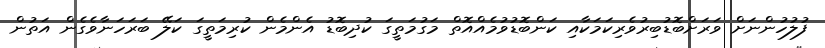
ފުލުހުންނަށް ވަރަށްބޮޑުބިރުވެރިކަމަކާއި ކަންބޮޑުވުމެއްއޮތް މަގުމަތީގަ ކުދިބޮޑު އެންމެން ކުރިމަތީގަ ކަލޭ ބަރަހަނާވެގެން އަތުން